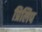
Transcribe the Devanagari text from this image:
प्रिलिप